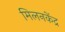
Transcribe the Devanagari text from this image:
मिलनकेंद्र